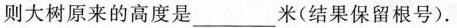
则大树原来的高度是___米(结果保留根号).